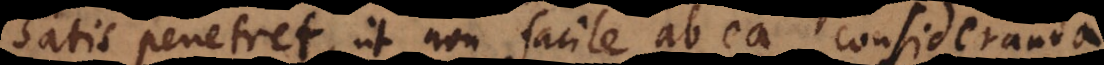
satis penetret, ut non facile ab ea consideranda